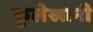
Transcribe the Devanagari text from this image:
कुलेखानी